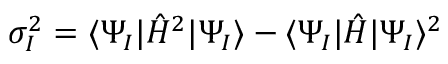
\sigma _ { I } ^ { 2 } = \langle \Psi _ { I } | \hat { H } ^ { 2 } | \Psi _ { I } \rangle - \langle \Psi _ { I } | \hat { H } | \Psi _ { I } \rangle ^ { 2 }